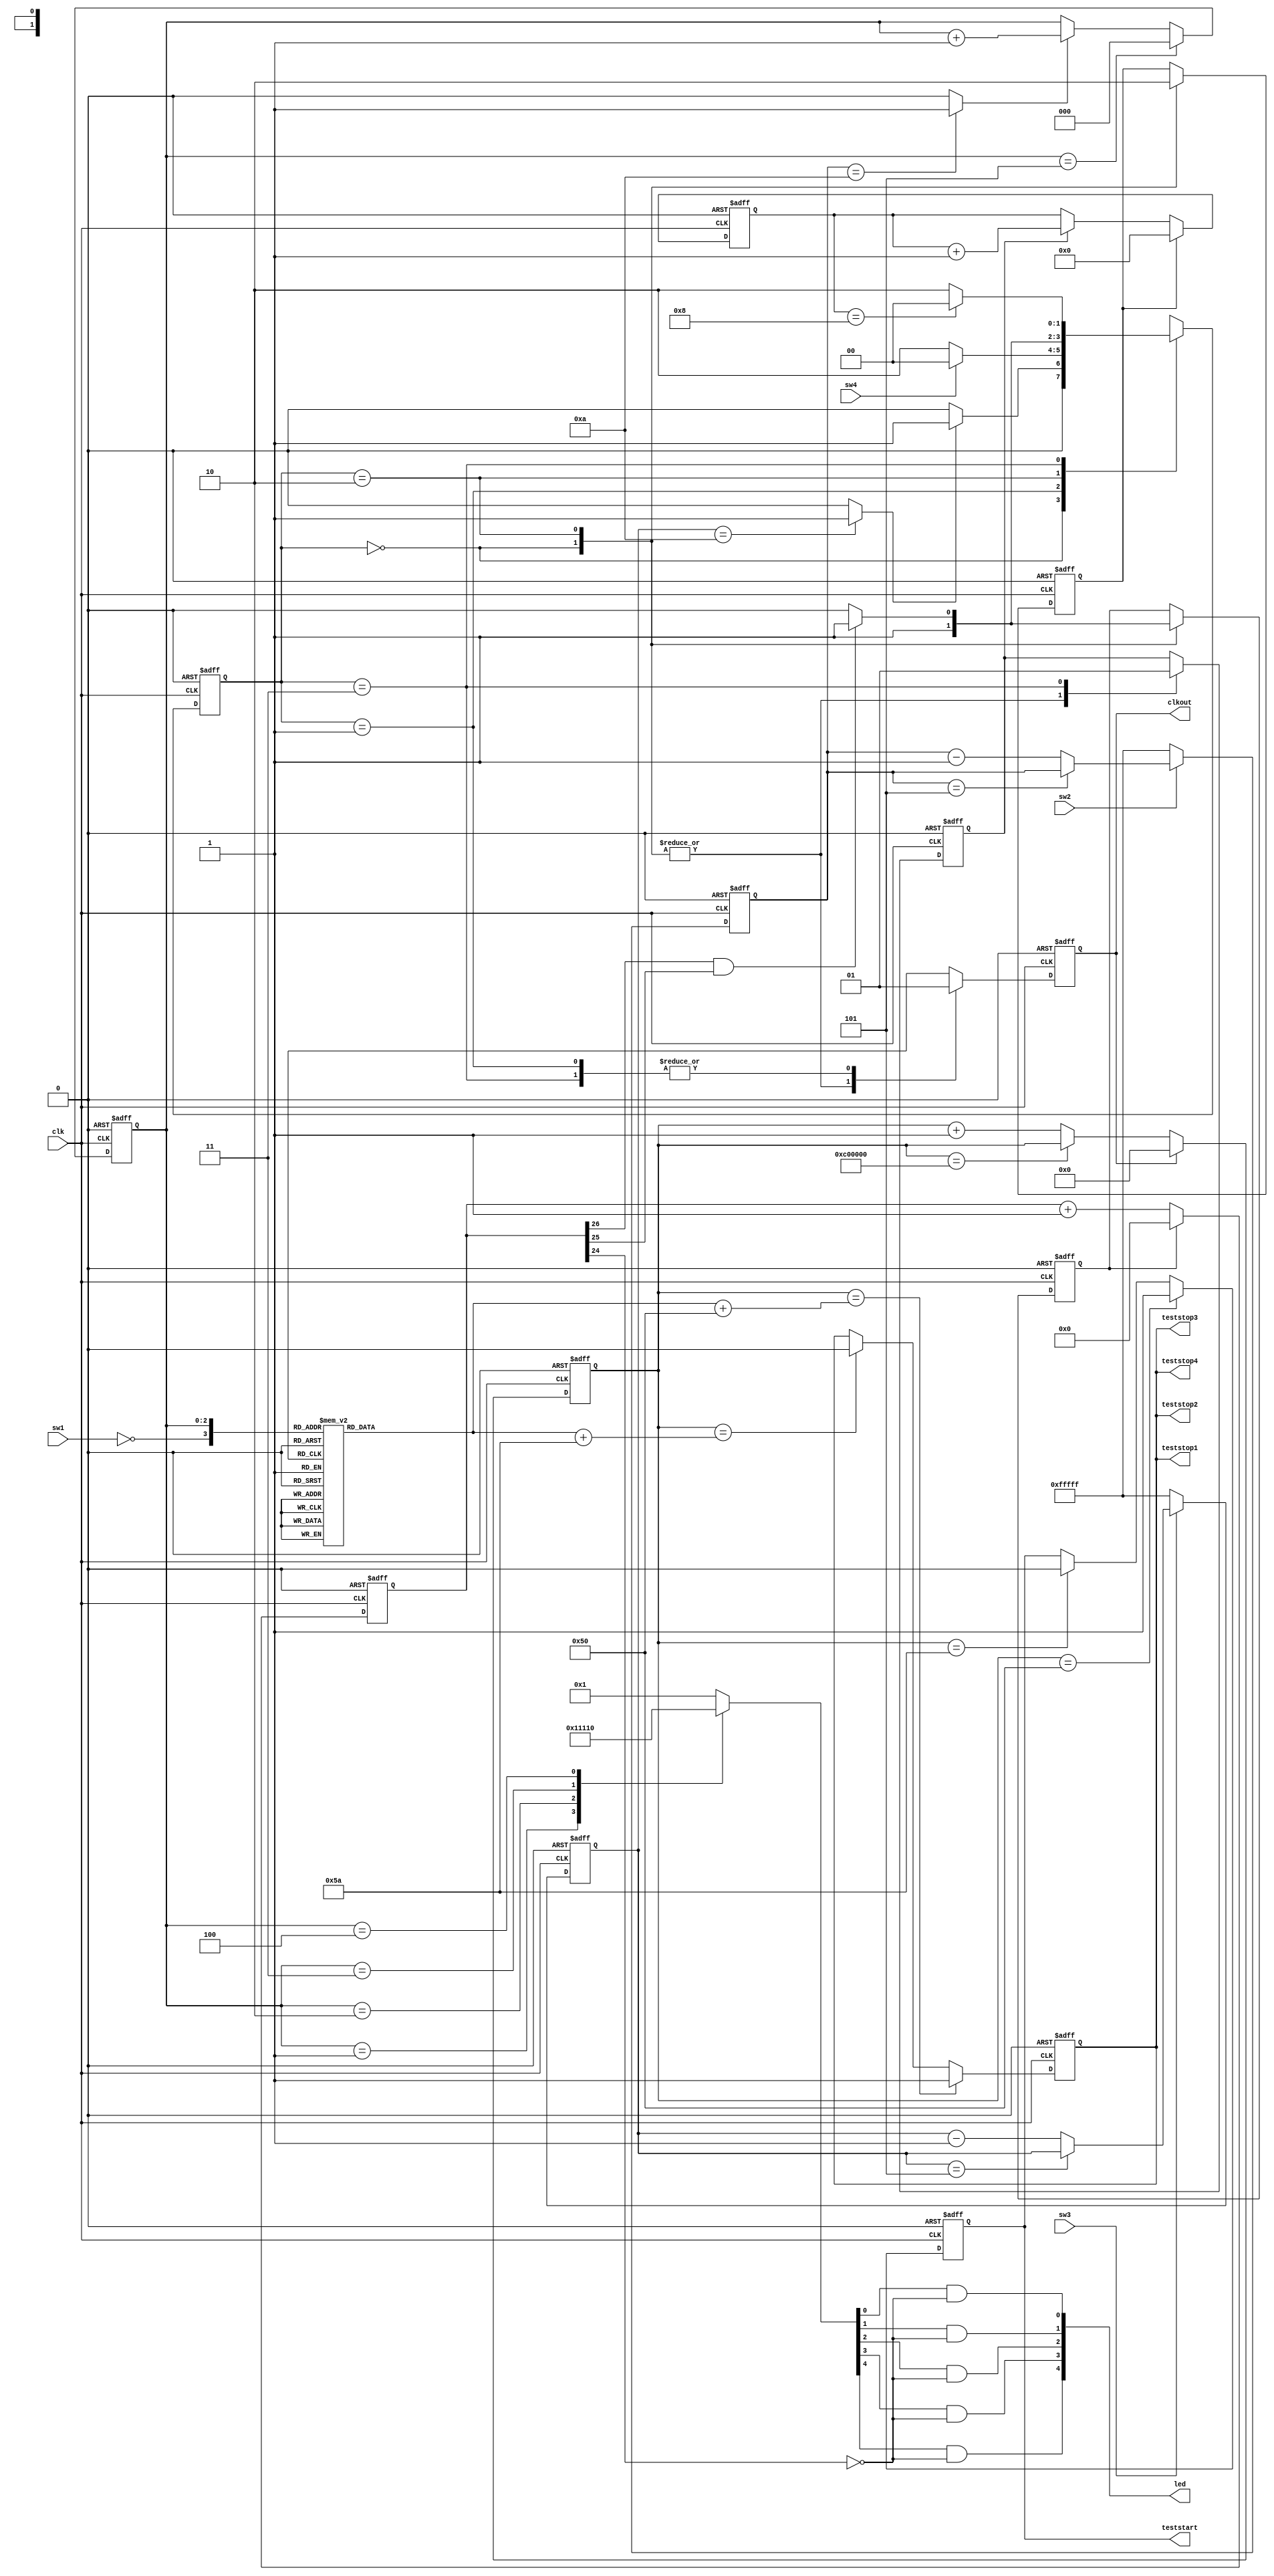
module testcounter(clk,sw1,sw2,sw3, sw4, teststart,teststop1,teststop2,
						teststop3,teststop4,led,clkout);
    input clk;
	// input rst;
    input sw1;
	 input sw2;
	 input sw3;
	 input sw4;

//	 input range;
	 output [4:0] led;
    output teststart;
    output teststop1;
	 output teststop2;
	 output teststop3;
	 output teststop4;

	 output clkout;
	

reg [27:0] test1=0;
reg [3:0] test2=0;
	
reg [27:0] value=0;

reg [21:0] shift1=0;
reg [21:0] shift2=0;
reg [2:0] cnt=0;

reg teststart1=0;
reg teststop=0;
reg [4:0] ledreg=0;
wire rst;
wire sw1;
wire teststart;
wire sw3_sync;
wire sw2_sync;
wire clk4x;
wire clk1x;

////////////////////////////
parameter s0=0, s1=1,s2=2,s3=3;
reg [1:2] cs;
reg trig_pulse;
reg inc;
reg rst1;
reg rst2;
reg [3:0] pulse_cnt;
reg [26:0] delay_cnt;
wire time_5sec;

//////////////////////////////////


// Instantiate the UUT
/*
   clk4x UUT (
		.clk(clk), 	
		.clkdiv(clk1x    ), 
		.clk4x( clk4x   )
   );
  */
assign clkout=trig_pulse;//clk4x;
assign clk4x=clk;
assign teststart =  teststart1;

assign teststop1  =  teststop;
assign teststop2 =   teststop;
assign teststop3 =   teststop;
assign teststop4 =   teststop;
assign rst=0;


// Switches
 always  @(posedge clk4x or posedge rst)
 if(rst)
 	shift1<=0;
 else	 if (~sw3)	//triggering
  shift1<=22'h0fffff;//h0fffff
 else	if (shift1==5)
  shift1<=shift1;
 else
 	shift1<=shift1-1;

assign sw3_sync = (shift1==10)?1:0;

//////////////////////////////////


always  @(posedge clk4x or posedge rst)
 if (rst)
 	test1<=0;
 else if(trig_pulse)
 	test1<=0;
//else if (test1==26'h2_00_00_00)
else if (test1==28'h0_C0_00_00)
  test1<=test1;
 else
 	test1<=test1+1;

/////////////////////////////////////////

always  @(posedge clk4x or posedge rst)
 if (rst)
 	delay_cnt<=0;
 else if(rst1)
 	delay_cnt<=0;
 else	
  delay_cnt<=delay_cnt+1;
 

assign  time_5sec=delay_cnt[26]&delay_cnt[25];


always  @(posedge clk4x or posedge rst)
 if (rst)
 	pulse_cnt<=0;
 else if(rst2)
   pulse_cnt<=0;
 else	if(inc) 
  pulse_cnt<=pulse_cnt+1;
 else
 	pulse_cnt<=pulse_cnt;

always @(posedge clk4x or posedge rst)
if(rst)
	begin
	cs<=s0;
	trig_pulse<=0;
	inc <=0;
	rst1<=1;
	rst2<=1;
	end

else

begin
case(cs)
s0:	begin 
		trig_pulse<=0;
		inc<=0;
		rst1<=1;
		rst2<=1;
		
		if(sw3_sync==1) 
			cs <= s1 ;
		else 
			cs <= s0;
				 
		end

s1:	begin
		
		trig_pulse<=1;
		
		if(sw4==0) 
			cs <=s2;
		else
			cs <=s0; 	 
		
		end

s2:	begin
			trig_pulse<=0;
			inc<=0;
			rst1<=0;
			rst2<=0;
			if(time_5sec==1)
				begin
				cs<=s3;
				rst1<=1;
				end

			else
				cs<=s2;
		end

s3:	begin
      trig_pulse<=1;
		inc<=1;
		
		if(pulse_cnt==8)
			cs<=s0;
		else
			cs<=s2;
		end

default: cs<=s0;
endcase
end
///////////////////////////////////////////////////////
 
always @(negedge clk4x or posedge rst)
if(rst)
	teststart1<=0;
else if (test1==80)
	teststart1<=1;
else if (test1==90)//85
	teststart1<=0;
else
	teststart1<=teststart1;

always @(negedge clk4x or posedge rst)
if(rst)
	teststop<=0;
else if (test1==value+80)
	teststop<=1;
else if (test1==value+90)//85
	teststop<=0;

////////////////////////////////////////////////

// Switches

 always  @(posedge clk4x or posedge rst)
 if(rst)
 	shift2<=0;
 else	 if (~sw2)	 //time interval setting
  shift2<=22'h0fffff;
 else	if (shift2==5)
  shift2<=shift2;
 else
 	shift2<=shift2-1;

assign sw2_sync = (shift2==10)?1:0;

									  
always @(negedge clk4x or posedge rst)
if (rst)
	cnt<=0;
else if (cnt==5)
	cnt<=0;
else if (sw2_sync)
	cnt<= cnt + 1;		
else 
	cnt<=cnt;

always @ (cnt or   sw1)
case ({~sw1,cnt})	 /// range select i.e
0:	value<=25;       //100;    //25;//1us
1:	value<=125; //500;//125;//5us
2:	value<=250;//1000;//250;//10us
3:	value<=1250;//5000;//1250;//50us
4:	value<=2250;//9000; //2250;//90us

8:	 value<=25_000;//100_000;//25_000;//1ms
9:	 value<=125_000;//500_000;//125_000;//5ms
10: value<=250_000;//1000_000;//250_000;//10ms
11: value<=1250_000;//5000_000;//1250_000;//50ms
12: value<=2250_000;//9000_000;//2250_000;//90ms
default:	value<=25;//100;//25;
endcase

always @ (cnt)
case (cnt)
0:	ledreg<= 5'b00001;
1:	ledreg<= 5'b00010;
2:	ledreg<= 5'b00100;
3:	ledreg<= 5'b01000;
4:	ledreg<= 5'b10000;
default:	ledreg<= 5'b00001;
endcase

assign led[0] = ledreg[0]& (~delay_cnt[24]);
assign led[1] = ledreg[1]&(~delay_cnt[24]);
assign led[2] = ledreg[2]&(~delay_cnt[24]);
assign led[3] = ledreg[3]&(~delay_cnt[24]);
assign led[4] = ledreg[4]&(~delay_cnt[24]);



endmodule